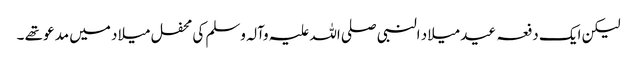
لیکن ایک دفعہ عید میلاد النبی صلی اللہ علیہ وآلہ وسلم کی محفل میلاد میں مدعو تھے ۔